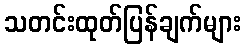
သတင်းထုတ်ပြန်ချက်များ